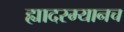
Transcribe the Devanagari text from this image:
ह्यादरम्यानच